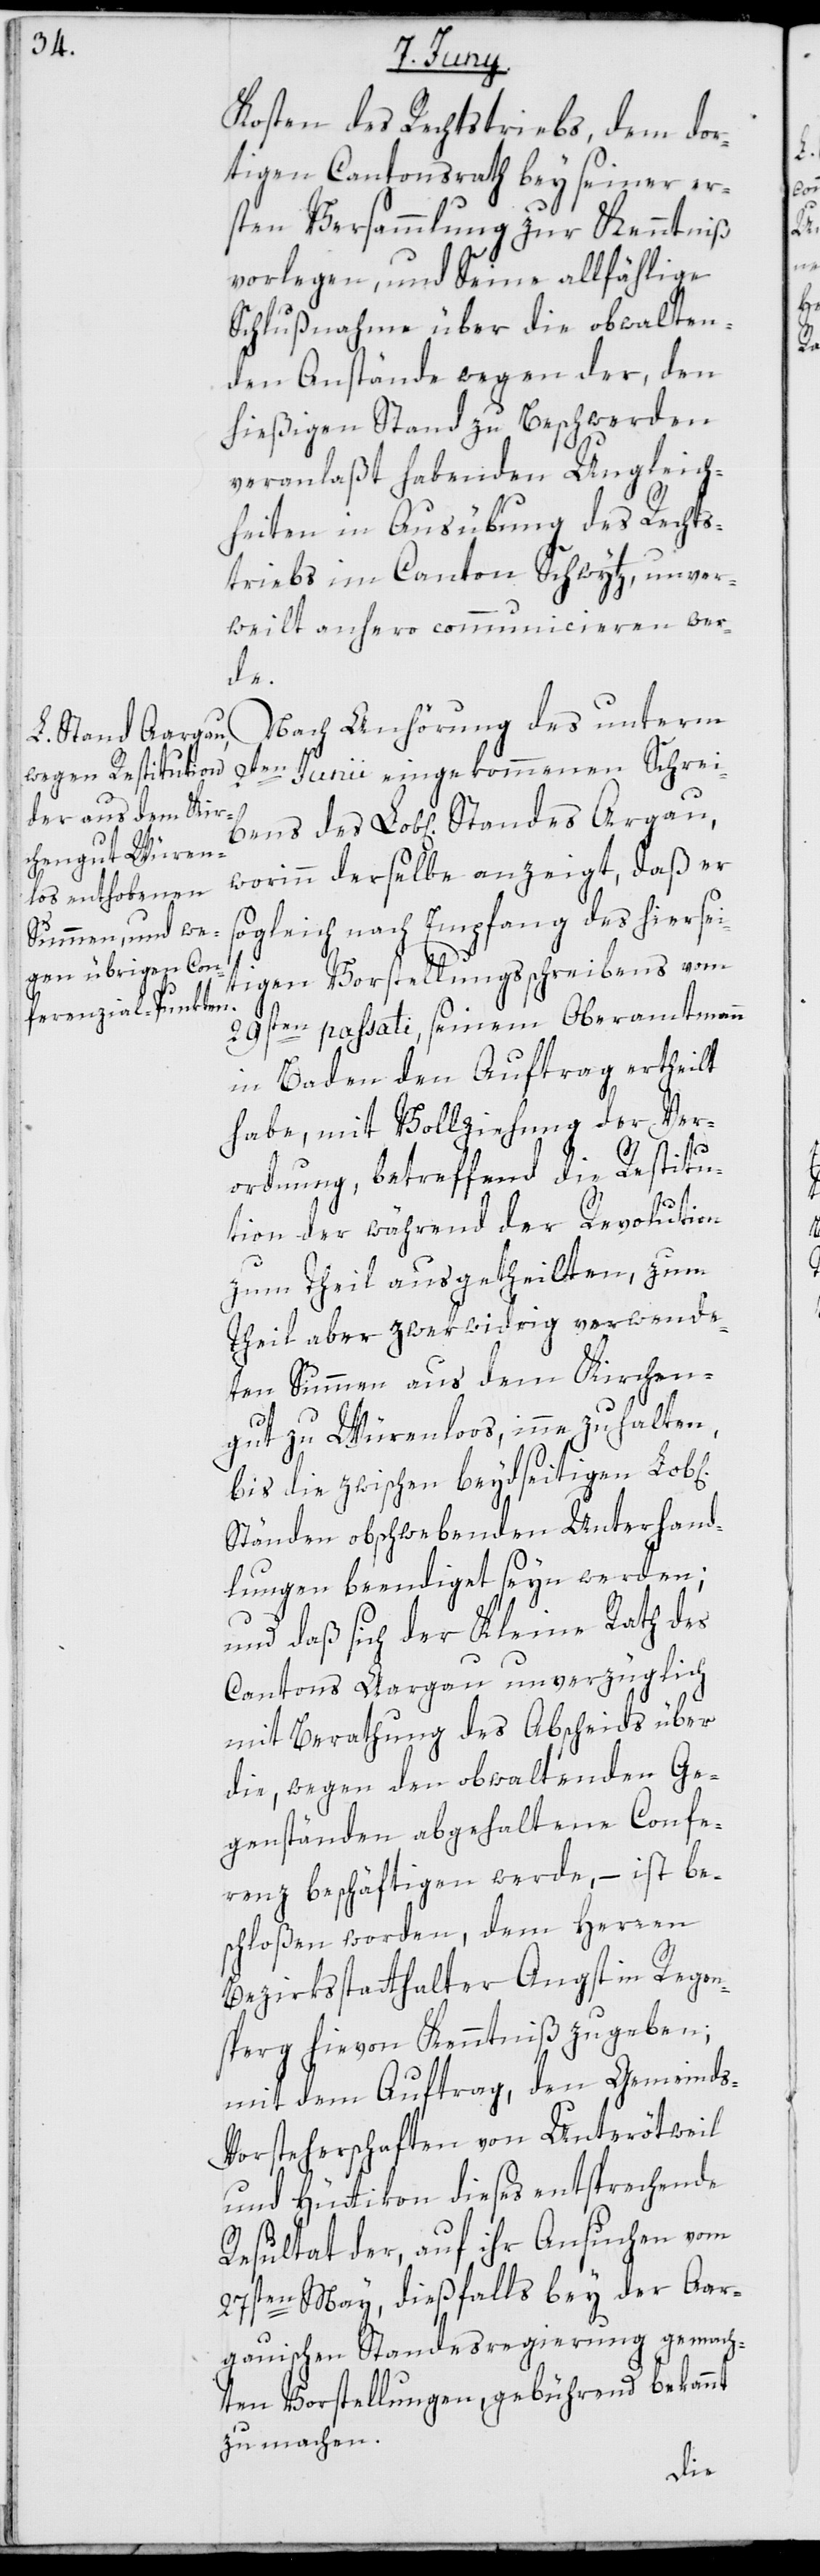
Kosten des Rechtstriebs, dem dor¬
tigen Cantonsrath bey seiner er¬
sten Versammlung zur Kenntniß
vorlegen, und Seine allfählige
Schlußnahme über die obwalten¬
den Anstände wegen der, den
hießigen Stand zu Beschwerden
veranlaßt habenden Ungleich¬
heiten in Ausübung des Rechts¬
triebs im Canton Schwytz, unver¬
weilt anhero communicieren wer¬
des
Nach Anhörung des unterm
2ten Junii eingekommenen Schrei¬
worinn derselbe anzeigt, daß er
sogleich nach Empfang des hiersei¬
tigen Vorstellungsschreibens vom
29sten passati, seinem Oberamtmann
in Baden den Auftrag ertheilt
habe, mit Vollziehung der Ver¬
s-V¬
ordnung, betreffend die Restitu¬
tion der während der Revolution
zum Theil ausgetheilten, zum
Theil aber zwekwidrig verwende¬
ten Summen aus dem Kirchen¬
gut zu Würenlos, inne zu halten,
bis die zwischen beydseitigen Lob[l¬
Ständen obschwebenden Unterhand¬
lungen beendiget seyn werden;
und daß sich der Kleine Rath des
Cantons Aargau unverzüglich
mit Berathung des Abscheids über
die, wegen den obwaltenden Ge¬
genständen, abgehaltene Confe¬
renz beschäftigen werde, – ist be¬
schloßen worden, dem Herren
Bezirksstatthalter Angst in Regen¬
sberg hievon Kenntniß zu geben;
mit dem Auftrag, den Gemeind¬
orsteherschaften von Unterötweil
und Hüttikon dieses entsprechende
Resultat der, auf ihr Ansuchen vom
27sten May, dießfalls bey der Aar¬
gauischen Standesregierung gemach¬
ten Vorstellungen gebührend bekannt
zu machen.